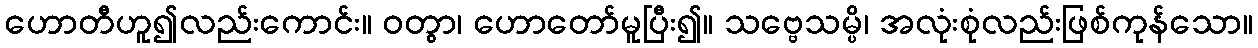
ဟောတီဟူ၍လည်းကောင်း။ ဝတွာ၊ ဟောတော်မူပြီး၍။ သဗ္ဗေသမ္ပိ၊ အလုံးစုံလည်းဖြစ်ကုန်သော။